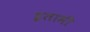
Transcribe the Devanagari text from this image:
इतामी